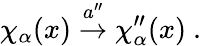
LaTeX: \chi_{\alpha}(x)\stackrel{a^{\prime\prime}}{\rightarrow}\chi_{\alpha}^{\prime\prime}(x)~.